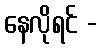
နေလိုရင် -